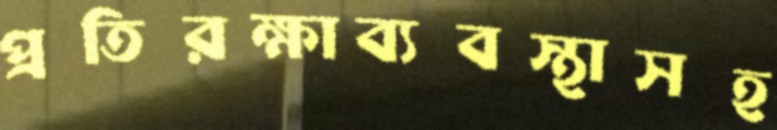
প্রতিরক্ষাব্যবস্থাসহ